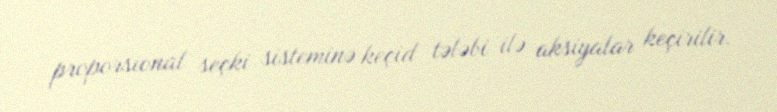
proporsional seçki sisteminə keçid tələbi ilə aksiyalar keçirilir.